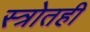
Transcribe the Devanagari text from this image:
स्त्रोतही